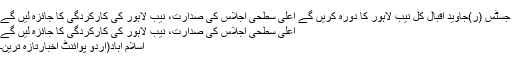
جسٹس (ر)جاوید اقبال کل نیب لاہور کا دورہ کریں گے اعلیٰ سطحی اجلاس کی صدارت، نیب لاہور کی کارکردگی کا جائزہ لیں گے
اعلیٰ سطحی اجلاس کی صدارت، نیب لاہور کی کارکردگی کا جائزہ لیں گے
اسلام آباد(اُردو پوائنٹ اخبارتازہ ترین۔